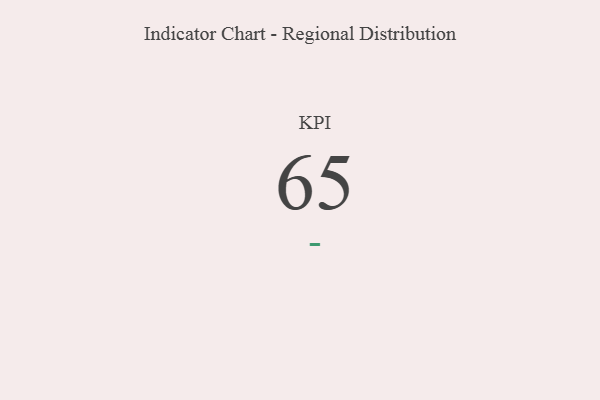
{"axis": {"x": "KPI", "y": "Value"}, "legend": [""], "data": [{"x": "KPI", "y": 65, "type": ""}]}